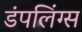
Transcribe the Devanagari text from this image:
डंपलिंग्स